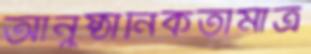
আনুষ্ঠানিকতামাত্র